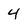
Character: 4